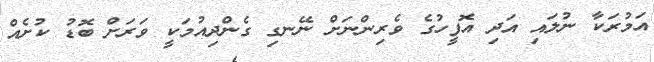
އަމުރަކާ ނުލައި އަދި އޮފީހުގެ ވެރިންނަށް ނޭނގި ގެންދިއުމަކީ ވަރަށް ބޮޑު ކުށެއް